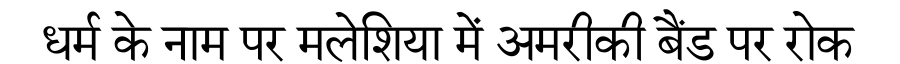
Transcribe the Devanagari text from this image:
धर्म के नाम पर मलेशिया में अमरीकी बैंड पर रोक